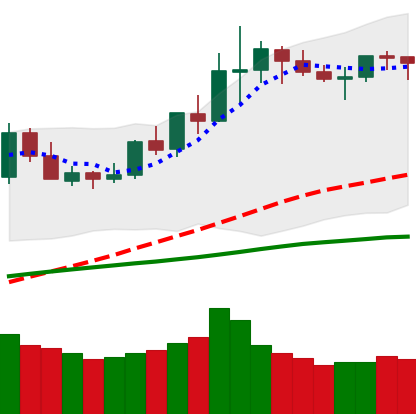
Ticker: LINK-USD
Chart end date: 2020-06-10
Forward return: -11.004%
Label: down_7plus